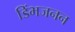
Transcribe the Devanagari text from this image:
डिंभजनन